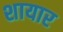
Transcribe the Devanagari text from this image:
शायार